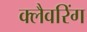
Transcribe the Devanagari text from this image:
क्लैवरिंग